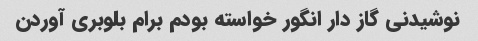
نوشیدنی گاز دار انگور خواسته بودم برام بلوبری آوردن